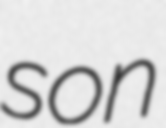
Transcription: son